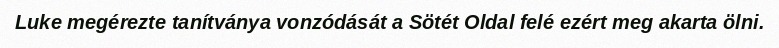
Luke megérezte tanítványa vonzódását a Sötét Oldal felé ezért meg akarta ölni.